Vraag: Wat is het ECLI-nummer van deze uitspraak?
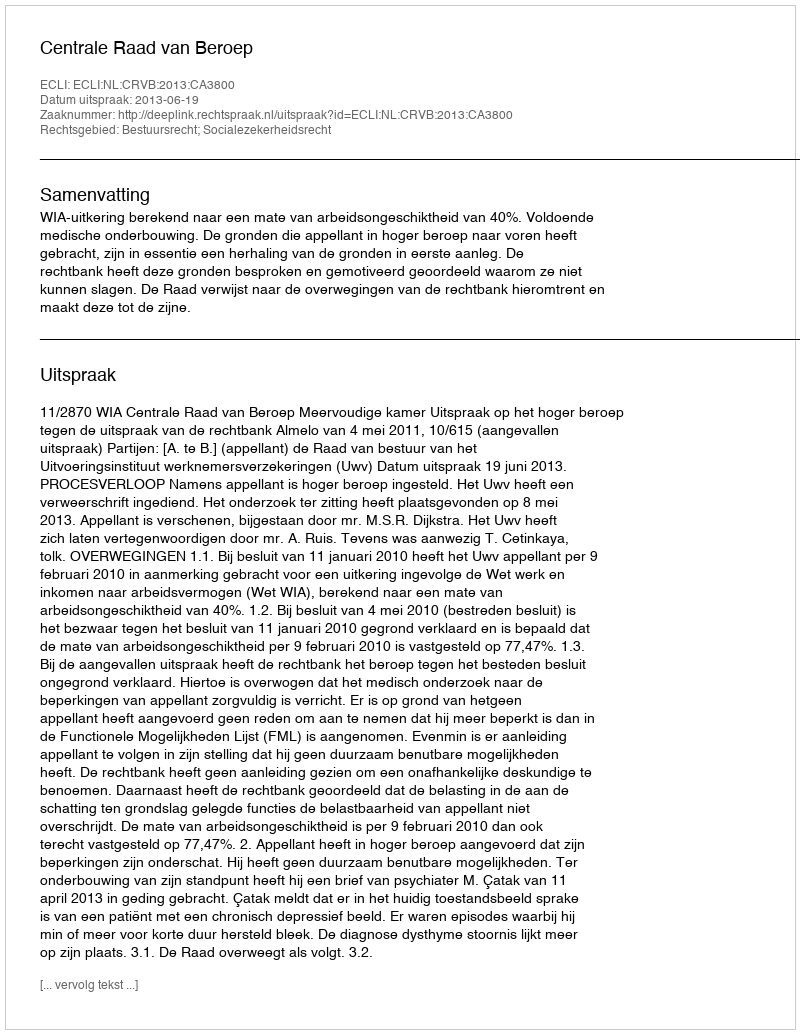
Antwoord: ECLI:NL:CRVB:2013:CA3800